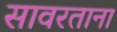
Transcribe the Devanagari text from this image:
सावरताना